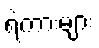
ရဲကားများ